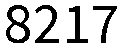
8217